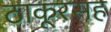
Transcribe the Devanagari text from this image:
ठाकूरसह